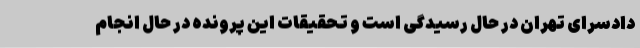
دادسرای تهران در حال رسیدگی است و تحقیقات این پرونده در حال انجام